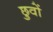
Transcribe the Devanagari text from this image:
छुवों